Leaving Certificate Examination, 1910
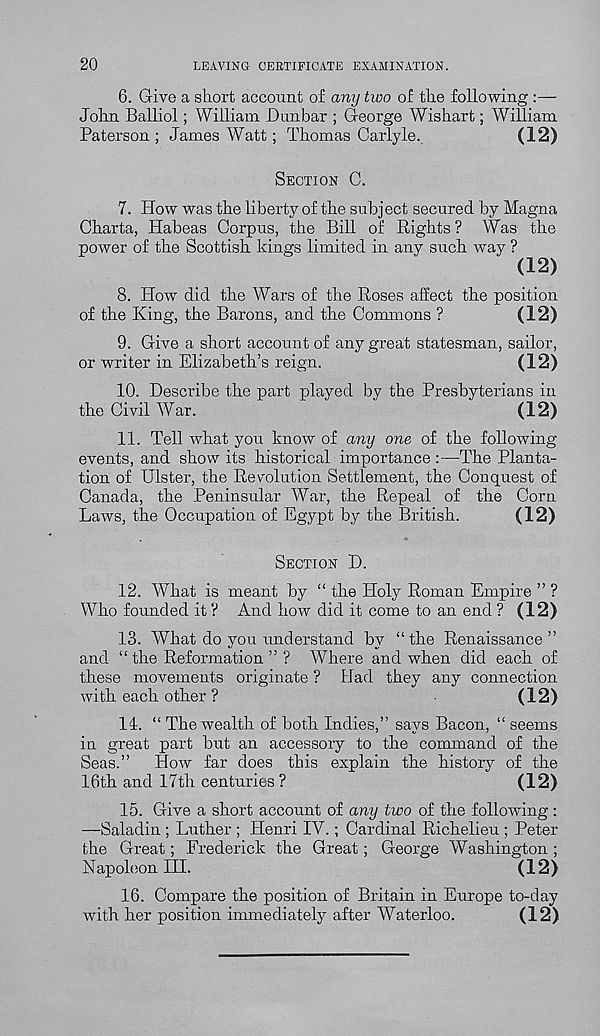
20
LEAVING CERTIFICATE EXAMINATION.
6. Give a short account of any two of the following
John Balliol; William Dunbar ; George Wishart; William
Paterson ; James Watt ; Thomas Carlyle.
(12)
SECTION C.
7. How was the liberty of the subject secured by Magna
Charta, Habeas Corpus, the Bill of Rights ? Was the
power of the Scottish kings limited in any such way ?
(12)
8. How did the Wars of the Roses affect the position
of the King, the Barons, and the Commons ?
(12)
9. Give a short account of any great statesman, sailor,
or writer in Elizabeth’s reign.
(12)
10. Describe the part played by the Presbyterians in
the Civil War.
(12)
11. Tell what you know of any one of the following-
events, and show its historical importance :—The Planta-
tion of Ulster, the Revolution Settlement, the Conquest of
Canada, the Peninsular War, the Repeal of the Corn
Laws, the Occupation of Egypt by the British.
(12)
SECTION D.
12. What is meant by “ the Holy Roman Empire ” ?
Who founded it ? And how did it come to an end ? (12)
13. What do you understand by “the Renaissance”
and “ the Reformation ” ? Where and when did each of
these movements originate ? Had they any connection
with each other ?
(12)
14. “ The wealth of both Indies,” says Bacon, “ seems
in great part but an accessory to the command of the
Seas.” How far does this explain the history of the
16th and 17th centuries ?
(12)
15. Give a short account of any two of the following:
—Saladin ; Luther ; Henri IV.; Cardinal Richelieu ; Peter
the Great; Frederick the Great; George Washington ;
Napoleon III.
(12)
16. Compare the position of Britain in Europe to-day
with her position immediately after Waterloo.
(12)